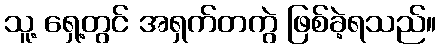
သူ့ ရှေ့တွင် အရှက်တကွဲ ဖြစ်ခဲ့ရသည်။